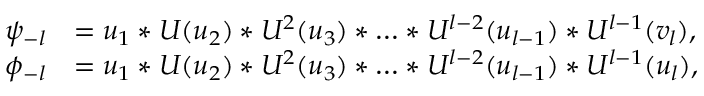
\begin{array} { r l } { \psi _ { - l } } & { = u _ { 1 } * U ( u _ { 2 } ) * U ^ { 2 } ( u _ { 3 } ) * \ldots * U ^ { l - 2 } ( u _ { l - 1 } ) * U ^ { l - 1 } ( v _ { l } ) , } \\ { \phi _ { - l } } & { = u _ { 1 } * U ( u _ { 2 } ) * U ^ { 2 } ( u _ { 3 } ) * \ldots * U ^ { l - 2 } ( u _ { l - 1 } ) * U ^ { l - 1 } ( u _ { l } ) , } \end{array}